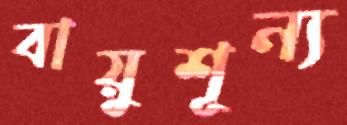
বায়ুশূন্য